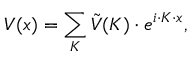
V ( x ) = \sum _ { K } { \tilde { V } } ( K ) \cdot e ^ { i \cdot K \cdot x } ,